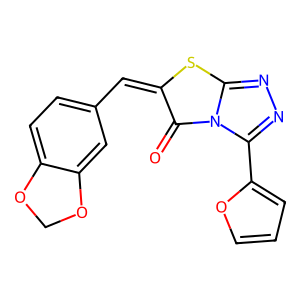
SMILES: O=c1c(=Cc2ccc3c(c2)OCO3)sc2nnc(-c3ccco3)n12
Inhibits HIV replication: No